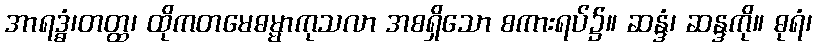
အာရဒ္ဓံ၊တတ္ထ၊ ထိုကတမေဓမ္မာကုသလာ အစရှိသော စကားရပ်၌။ ဆန္ဒံ၊ ဆန္ဒကို။ ဓုရံ၊